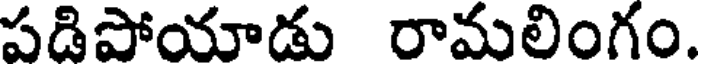
పడిపోయాడు రామలింగం.